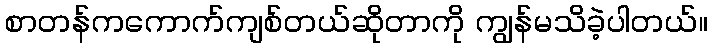
စာတန်ကကောက်ကျစ်တယ်ဆိုတာကို ကျွန်မသိခဲ့ပါတယ်။